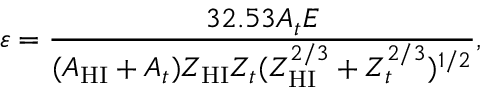
\varepsilon = \frac { 3 2 . 5 3 A _ { t } E } { ( A _ { \mathrm { H I } } + A _ { t } ) Z _ { \mathrm { H I } } Z _ { t } ( Z _ { \mathrm { H I } } ^ { 2 / 3 } + Z _ { t } ^ { 2 / 3 } ) ^ { 1 / 2 } } ,